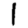
Digit: 1